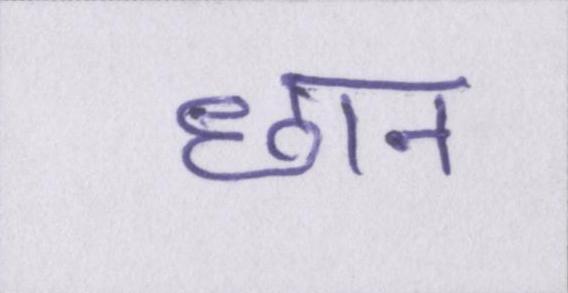
छान